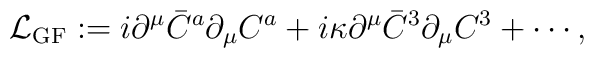
{\cal L}_{\rm GF} :=i\partial^\mu\bar C^a\partial_\mu C^a   +i\kappa\partial^\mu\bar C^3\partial_\mu C^3   +\cdots,